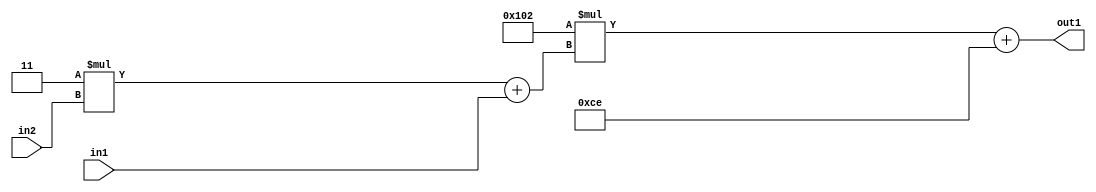
`timescale 1ps / 1ps
/*****************************************************************************
    Verilog RTL Description
    
    
    Created by: Stratus DpOpt 2019.1.01 
*******************************************************************************/

module DC_Filter_Add2i206Mul2i258Add2u1Mul2i3u2_4 (
	in2,
	in1,
	out1
	); /* architecture "behavioural" */ 
input [1:0] in2;
input  in1;
output [11:0] out1;
wire [11:0] asc001;
wire [3:0] asc002;

wire [3:0] asc002_tmp_0;
assign asc002_tmp_0 = 
	+(4'B0011 * in2);
assign asc002 = asc002_tmp_0
	+(in1);

wire [11:0] asc001_tmp_1;
assign asc001_tmp_1 = 
	+(12'B000100000010 * asc002);
assign asc001 = asc001_tmp_1
	+(12'B000011001110);

assign out1 = asc001;
endmodule

/* CADENCE  v7XyTw8= : u9/ySgnWtBlWxVPRXgAZ4Og= ** DO NOT EDIT THIS LINE ******/